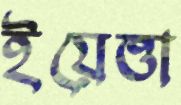
ইয়েত্তা